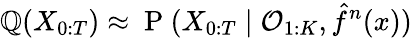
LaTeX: {\mathbb{Q}(X_{0:T})\approx\mathrm{{~P~}}(X_{0:T}\mid\mathcal{{O}}_{1:K},\hat{{f}}^{n}(x))}